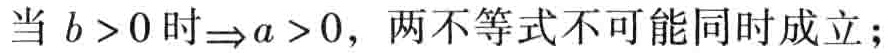
当 \(b > 0\) 时\(\Rightarrow a > 0\)，两不等式不可能同时成立；